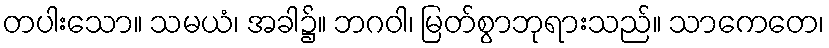
တပါးသော။ သမယံ၊ အခါ၌။ ဘဂဝါ၊ မြတ်စွာဘုရားသည်။ သာကေတေ၊